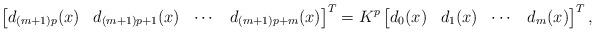
LaTeX: \begin{align*} \begin{bmatrix} d_{(m+1)p}(x) & d_{(m+1)p+1}(x) & \cdots & d_{(m+1)p+m}(x)\end{bmatrix}^{T}= K^{p} \begin{bmatrix} d_0(x) & d_1(x) & \cdots & d_m(x) \end{bmatrix}^T,\end{align*}